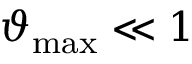
\vartheta _ { \mathrm { m a x } } \ll 1